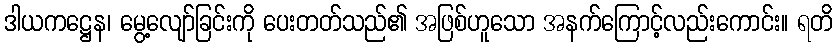
ဒါယကဋ္ဌေန၊ မွေ့လျော်ခြင်းကို ပေးတတ်သည်၏ အဖြစ်ဟူသော အနက်ကြောင့်လည်းကောင်း။ ရတိ